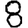
Digit: 8